Annual report on the Civil Veterinary Department, Burma (including the Insein Veterinary School) - 1923-1931
Year: 1923
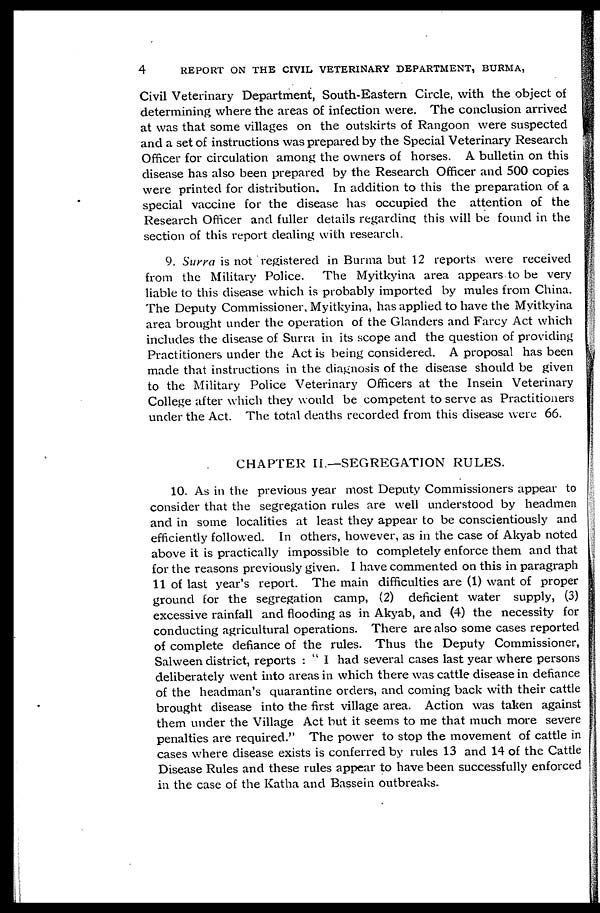
4
REPORT ON THE CIVIL VETERINARY DEPARTMENT, BURMA,
Civil Veterinary Department, South-Eastern Circle, with the object of
determining where the areas of infection were. The conclusion arrived
at was that some villages on the outskirts of Rangoon were suspected
and a set of instructions was prepared by the Special Veterinary Research
Officer for circulation among the owners of horses. A bulletin on this
disease has also been prepared by the Research Officer and 500 copies
were printed for distribution. In addition to this the preparation of a
special vaccine for the disease has occupied the attention of the
Research Officer and fuller details regarding this will be found in the
section of this report dealing with research.
9. Surra is not registered in Burma but 12 reports were received
from the Military Police. The Myitkyina area appears to be very
liable to this disease which is probably imported by mules from China.
The Deputy Commissioner, Myitkyina, has applied to have the Myitkyina
area brought under the operation of the Glanders and Farcy Act which
includes the disease of Surra in its scope and the question of providing
Practitioners under the Act is being considered. A proposal has been
made that instructions in the diagnosis of the disease should be given
to the Military Police Veterinary Officers at the Insein Veterinary
College after which they would be competent to serve as Practitioners
under the Act. The total deaths recorded from this disease were 66.
CHAPTER II.—SEGREGATION RULES.
10. As in the previous year most Deputy Commissioners appear to
consider that the segregation rules are well understood by headmen
and in some localities at least they appear to be conscientiously and
efficiently followed. In others, however, as in the case of Akyab noted
above it is practically impossible to completely enforce them and that
for the reasons previously given. I have commented on this in paragraph
11 of last year's report. The main difficulties are (1) want of proper
ground for the segregation camp, (2) deficient water supply, (3)
excessive rainfall and flooding as in Akyab, and (4) the necessity for
conducting agricultural operations. There are also some cases reported
of complete defiance of the rules. Thus the Deputy Commissioner,
Salween district, reports : " I had several cases last year where persons
deliberately went into areas in which there was cattle disease in defiance
of the headman's quarantine orders, and coming back with their cattle
brought disease into the first village area. Action was taken against
them under the Village Act but it seems to me that much more severe
penalties are required." The power to stop the movement of cattle in
cases where disease exists is conferred by rules 13 and 14 of the Cattle
Disease Rules and these rules appear to have been successfully enforced
in the case of the Katha and Bassein outbreaks.